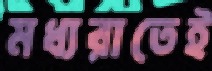
মধ্যরাতেই